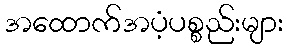
အထောက်အပံ့ပစ္စည်းများ